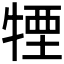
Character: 𤚕